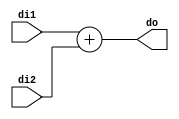
`timescale 1ns / 1ps
//////////////////////////////////////////////////////////////////////////////////
// Company: 
// Engineer: 
// 
// Design Name: 
// Module Name: adder32
// Project Name: 
// Target Devices: 
// Tool Versions: 
// Description: 
// 
// Dependencies: 
// 
// Revision:
// Revision 0.01 - File Created
// Additional Comments:
// 
//////////////////////////////////////////////////////////////////////////////////


module adder32(input [31:0] di1,input [31:0] di2,output [31:0] do);
assign do=di1+di2;
endmodule